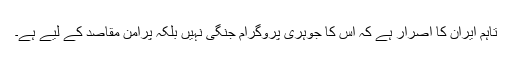
تاہم ایران کا اصرار ہے کہ اس کا جوہری پروگرام جنگی نہیں بلکہ پرامن مقاصد کے لیے ہے۔